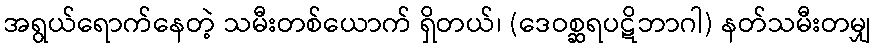
အရွယ်ရောက်နေတဲ့ သမီးတစ်ယောက် ရှိတယ်၊ (ဒေဝစ္ဆရပဋိဘာဂါ) နတ်သမီးတမျှ